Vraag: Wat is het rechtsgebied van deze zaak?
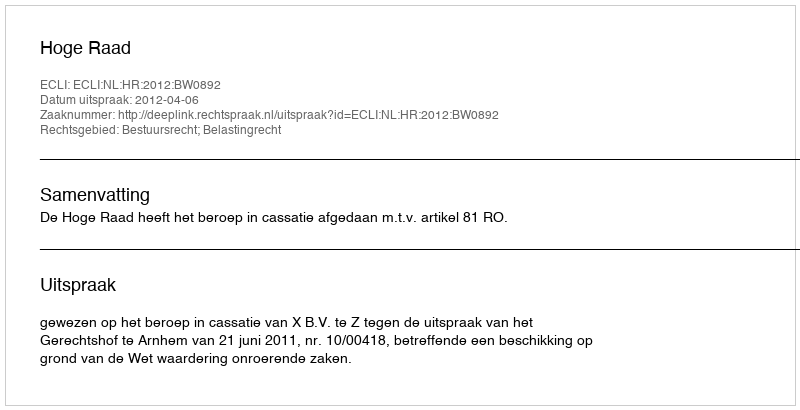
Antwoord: Bestuursrecht; Belastingrecht